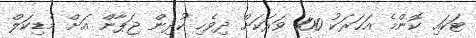
ޓަކައި ކޮންމެ އަހަރަކު 100 ވަރަކަށް ދިވެހި ކުދިން ޖަޕާން އަށް މެޑިކަލް